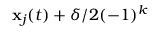
\mathbf { x } _ { j } ( t ) + \delta / 2 ( - 1 ) ^ { k }